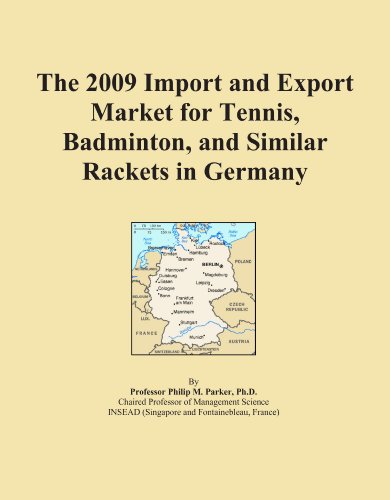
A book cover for The 2009 Import and Export Market for Tennis, Badminton, and Similar Rackets in Germany; Icon Group International; Sports & Outdoors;